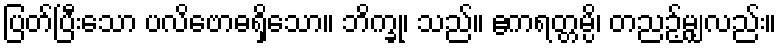
ပြတ်ပြီးသော ပလိဗောဓရှိသော။ ဘိက္ခု၊ သည်။ ဧကရတ္တမ္ပိ၊ တညဉ့်မျှလည်း။